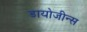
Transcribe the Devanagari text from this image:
डायोजीन्स